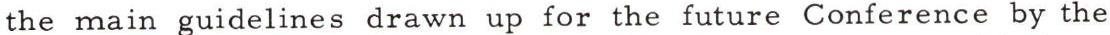
the main guidelines drawn up for the future Conference by the